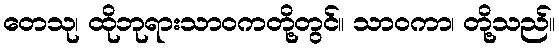
တေသု၊ ထိုဘုရားသာဝကတို့တွင်။ သာဝကာ၊ တို့သည်။